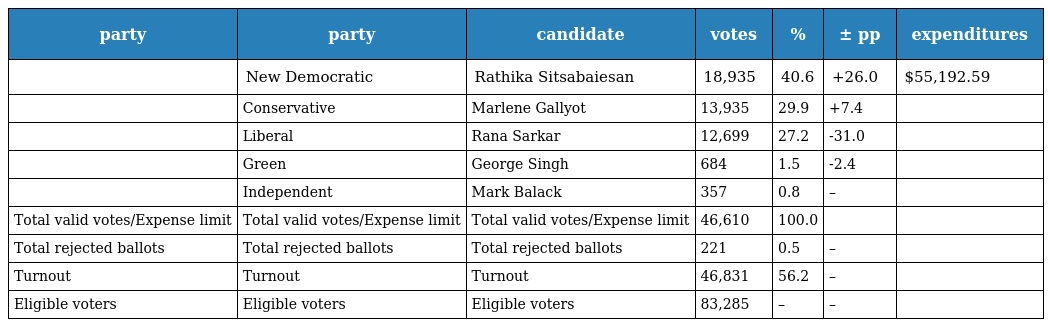
| party | party | candidate | votes | % | ± pp | expenditures |
 | --- | --- | --- | --- | --- | --- | --- |
 |  | New Democratic | Rathika Sitsabaiesan | 18,935 | 40.6 | +26.0 | $55,192.59 |
 |  | Conservative | Marlene Gallyot | 13,935 | 29.9 | +7.4 |  |
 |  | Liberal | Rana Sarkar | 12,699 | 27.2 | -31.0 |  |
 |  | Green | George Singh | 684 | 1.5 | -2.4 |  |
 |  | Independent | Mark Balack | 357 | 0.8 | – |  |
 | Total valid votes/Expense limit | Total valid votes/Expense limit | Total valid votes/Expense limit | 46,610 | 100.0 |  |  |
 | Total rejected ballots | Total rejected ballots | Total rejected ballots | 221 | 0.5 | – |  |
 | Turnout | Turnout | Turnout | 46,831 | 56.2 | – |  |
 | Eligible voters | Eligible voters | Eligible voters | 83,285 | – | – |  |